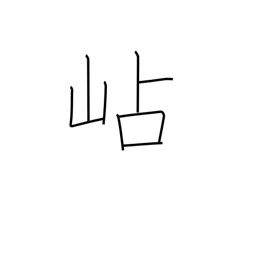
Meaning: mountain